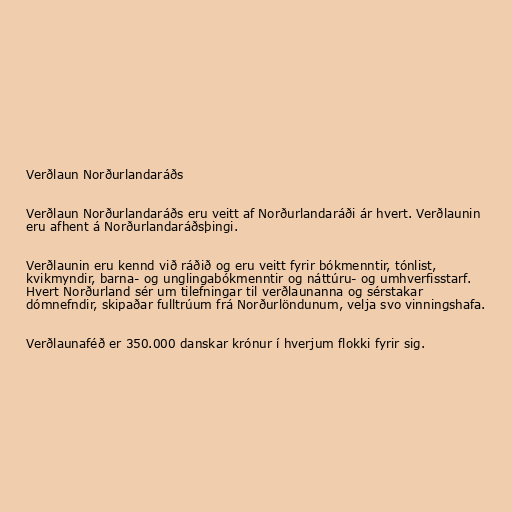
Verðlaun Norðurlandaráðs

Verðlaun Norðurlandaráðs eru veitt af Norðurlandaráði ár hvert. Verðlaunin
eru afhent á Norðurlandaráðsþingi.

Verðlaunin eru kennd við ráðið og eru veitt fyrir bókmenntir, tónlist,
kvikmyndir, barna- og unglingabókmenntir og náttúru- og umhverfisstarf.
Hvert Norðurland sér um tilefningar til verðlaunanna og sérstakar
dómnefndir, skipaðar fulltrúum frá Norðurlöndunum, velja svo vinningshafa.

Verðlaunaféð er 350.000 danskar krónur í hverjum flokki fyrir sig.